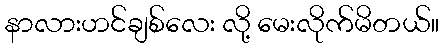
နာလားဟင်ချစ်လေး လို့ မေးလိုက်မိတယ်။